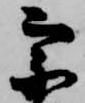
宗